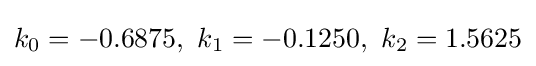
k_{0}=-0.6875,\ k_{1}=-0.1250,\ k_{2}=1.5625